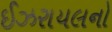
ઈઝરાયલનો